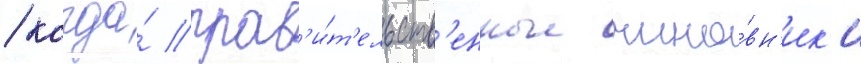
/ когда́ прав'и́т'ельств'енные чино́вн'ик'и